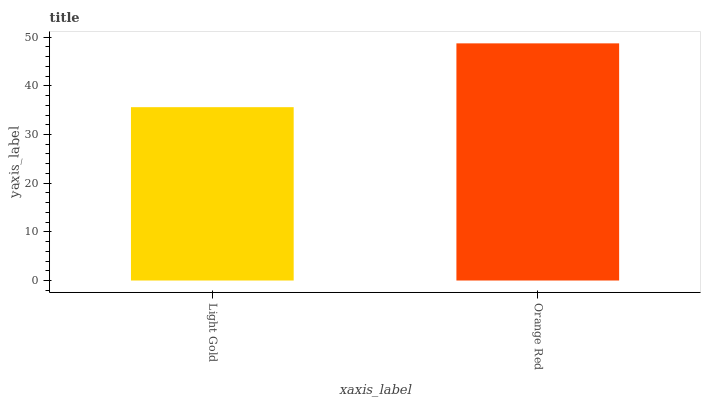
| xaxis_label | bars |
 | --- | --- |
 | Light Gold | 35.6 |
 | Orange Red | 48.7 |